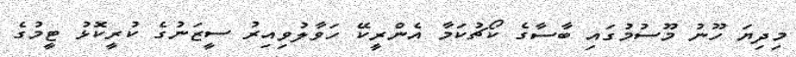
މިދިޔަ ހޫނު މޫސުމުގައި ބާސާގެ ކޯޗުކަމާ އެންރީކޭ ހަވާލުވިއިރު ސީޒަނުގެ ކުރީކޮޅު ޓީމުގެ